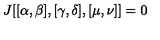
J [ [ \alpha , \beta ] , [ \gamma , \delta ] , [ \mu , \nu ] ] = 0